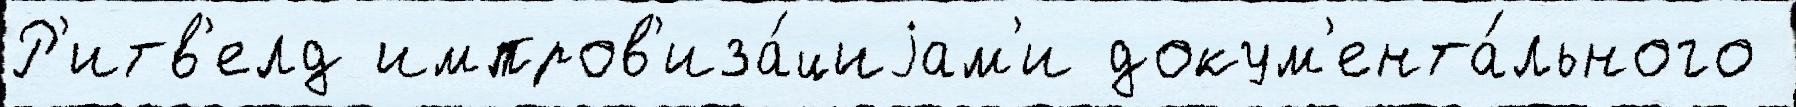
Р'итв'елд импров'иза́циjам'и докум'ента́льного